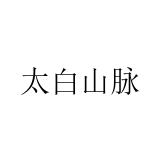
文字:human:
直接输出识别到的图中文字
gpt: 太白山脉